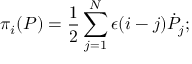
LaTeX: \pi _ { i } ( P ) = { \frac { 1 } { 2 } } \sum _ { j = 1 } ^ { N } \epsilon ( i - j ) { \dot { P } } _ { j } ;